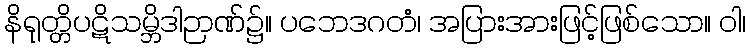
နိရုတ္တိပဋိသမ္ဘိဒါဉာဏ်၌။ ပဘေဒဂတံ၊ အပြားအားဖြင့်ဖြစ်သော။ ဝါ၊